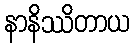
နာနိဿိတာယ